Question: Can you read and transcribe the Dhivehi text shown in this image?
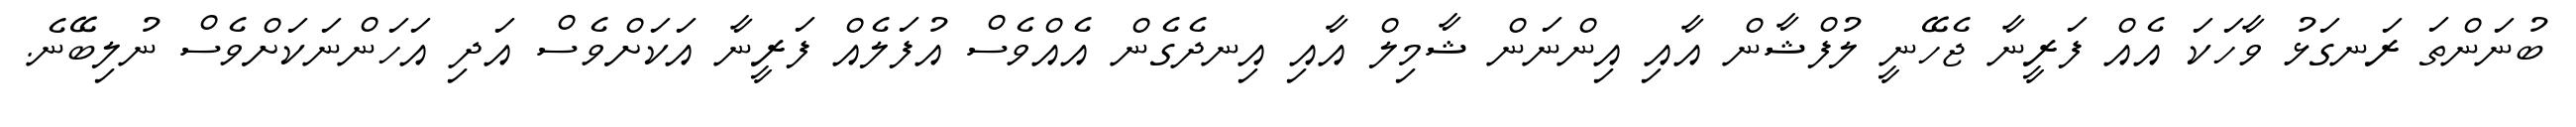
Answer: ބުނަންތަ ރަނގަޅު ވާހަކަ އެއް ފަރީނާ ޖެހޭނީ ލުފްޝާން އާއި އިންނަން ޝާމިލް އާއި އިނދެގެން އެއްވެސް އުފަލެއް ފަރީނާ އަކަށްވެސް އަދި އަހަންނަކަށްވެސް ނުލިބޭނެ.